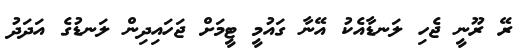
ރޭ ރޫނީ ޖެހި ލަނޑާއެކު އޭނާ ގައުމީ ޓީމަށް ޖަހައިދިން ލަނޑުގެ އަދަދު